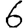
Digit: 6